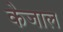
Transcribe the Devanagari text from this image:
केजाल